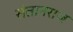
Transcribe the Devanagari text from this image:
संतानराज